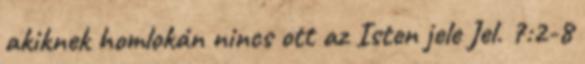
akiknek homlokán nincs ott az Isten jele Jel. 7:2-8